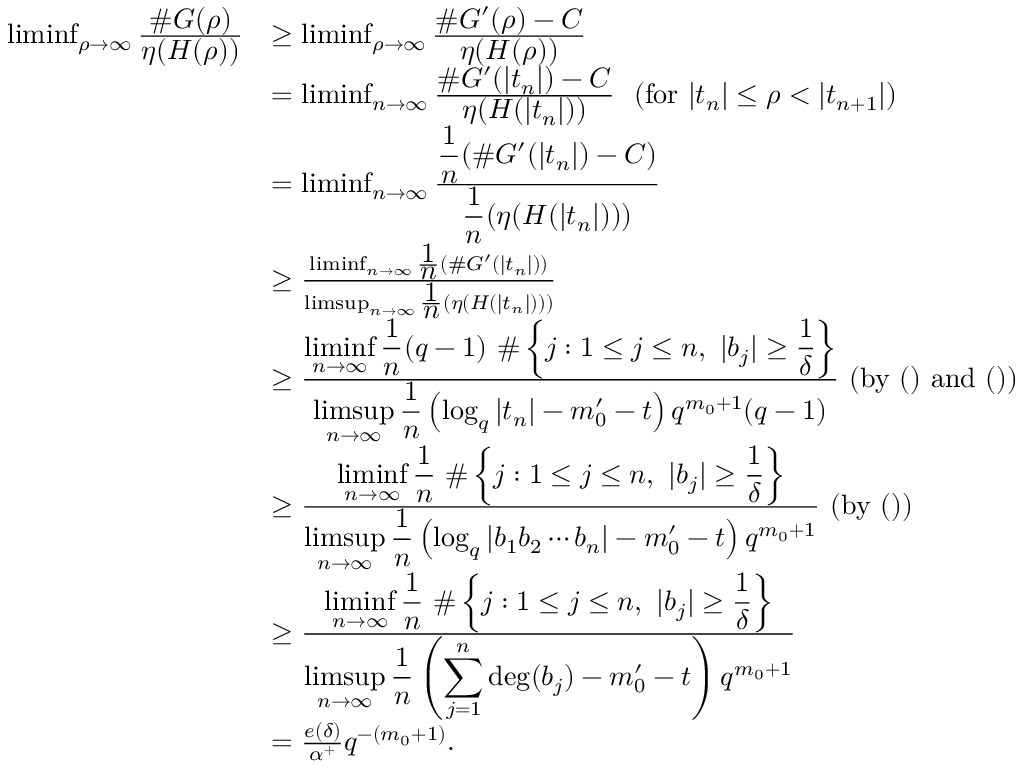
\begin{array} { r l } { \operatorname* { l i m i n f } _ { \rho \rightarrow \infty } \frac { \displaystyle { \# G ( \rho ) } } { \displaystyle { \eta ( H ( \rho ) ) } } } & { \geq \operatorname* { l i m i n f } _ { \rho \rightarrow \infty } \frac { \displaystyle { \# G ^ { \prime } ( \rho ) - C } } { \displaystyle { \eta ( H ( \rho ) ) } } } \\ & { = \operatorname* { l i m i n f } _ { n \rightarrow \infty } \frac { \displaystyle { \# G ^ { \prime } ( | t _ { n } | ) - C } } { \displaystyle { \eta ( H ( | t _ { n } | ) ) } } \ \ ( \mathrm { f o r } \ | t _ { n } | \leq \rho < | t _ { n + 1 } | ) } \\ & { = \operatorname* { l i m i n f } _ { n \rightarrow \infty } \frac { \displaystyle { \frac { \displaystyle 1 } { \displaystyle n } ( \# G ^ { \prime } ( | t _ { n } | ) - C ) } } { \displaystyle { \frac { \displaystyle 1 } { \displaystyle n } ( \eta ( H ( | t _ { n } | ) ) ) } } } \\ & { \geq \frac { \operatorname* { l i m i n f } _ { n \rightarrow \infty } \frac { \displaystyle 1 } { \displaystyle n } ( \# G ^ { \prime } ( | t _ { n } | ) ) } { \operatorname* { l i m s u p } _ { n \rightarrow \infty } \frac { \displaystyle 1 } { \displaystyle n } ( \eta ( H ( | t _ { n } | ) ) ) } } \\ & { \geq \frac { \displaystyle { \operatorname* { l i m i n f } _ { n \rightarrow \infty } \frac { \displaystyle 1 } { \displaystyle n } ( q - 1 ) \ \# \left\{ j : 1 \leq j \leq n , \ | b _ { j } | \geq \frac { 1 } { \delta } \right\} } } { \displaystyle { \operatorname* { l i m s u p } _ { n \rightarrow \infty } \frac { \displaystyle 1 } { \displaystyle n } \left( \log _ { q } | t _ { n } | - m _ { 0 } ^ { \prime } - t \right) q ^ { m _ { 0 } + 1 } ( q - 1 ) } } \ ( \mathrm { b y } \ ( ) \ \mathrm { a n d } \ ( ) ) } \\ & { \geq \frac { \displaystyle { \operatorname* { l i m i n f } _ { n \rightarrow \infty } \frac { \displaystyle 1 } { \displaystyle n } \ \# \left\{ j : 1 \leq j \leq n , \ | b _ { j } | \geq \frac { 1 } { \delta } \right\} } } { \displaystyle { \operatorname* { l i m s u p } _ { n \rightarrow \infty } \frac { \displaystyle 1 } { \displaystyle n } \left( \log _ { q } | b _ { 1 } b _ { 2 } \cdots b _ { n } | - m _ { 0 } ^ { \prime } - t \right) q ^ { m _ { 0 } + 1 } } } \ ( \mathrm { b y } \ ( ) ) } \\ & { \geq \frac { \displaystyle { \operatorname* { l i m i n f } _ { n \rightarrow \infty } \frac { \displaystyle 1 } { \displaystyle n } \ \# \left\{ j : 1 \leq j \leq n , \ | b _ { j } | \geq \frac { 1 } { \delta } \right\} } } { \displaystyle { \operatorname* { l i m s u p } _ { n \rightarrow \infty } \frac { \displaystyle 1 } { \displaystyle n } \left( \sum _ { j = 1 } ^ { n } \deg ( b _ { j } ) - m _ { 0 } ^ { \prime } - t \right) q ^ { m _ { 0 } + 1 } } } } \\ & { = \frac { e ( \delta ) } { \alpha ^ { + } } q ^ { - ( m _ { 0 } + 1 ) } . } \end{array}